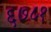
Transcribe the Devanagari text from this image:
६७८१